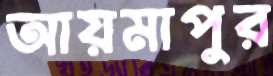
আয়মাপুর